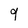
Character: 9